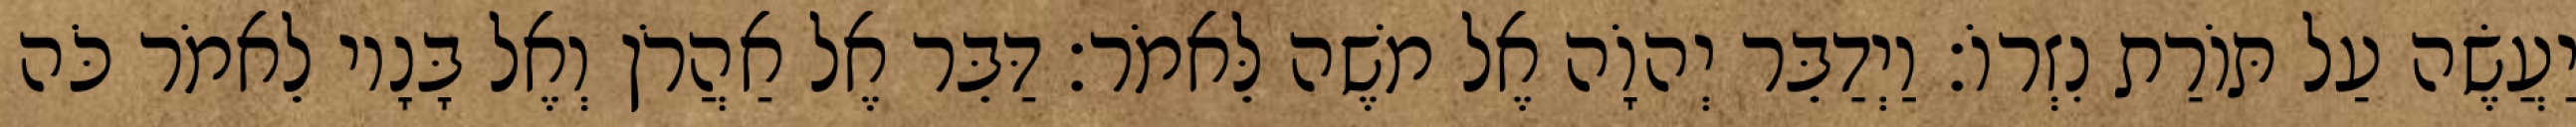
יַעֲשֶׂה עַל תּוֹרַת נִזְרוֹ׃ וַיְדַבֵּר יְהוָֹה אֶל משֶׁה לֵּאמֹר׃ דַּבֵּר אֶל אַהֲרֹן וְאֶל בָּנָיו לֵאמֹר כֹּה